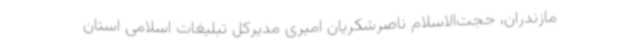
مازندران، حجت‌الاسلام ناصرشکریان امیری مدیرکل تبلیغات اسلامی استان